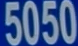
5050